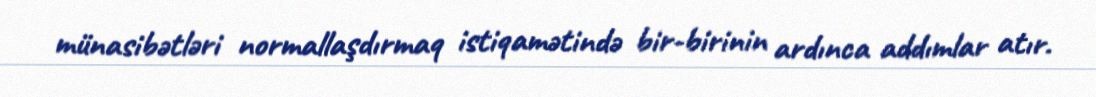
münasibətləri normallaşdırmaq istiqamətində bir-birinin ardınca addımlar atır.